Calcutta medical institutions reports 1879-81 [i.e.91]
Year: 1879
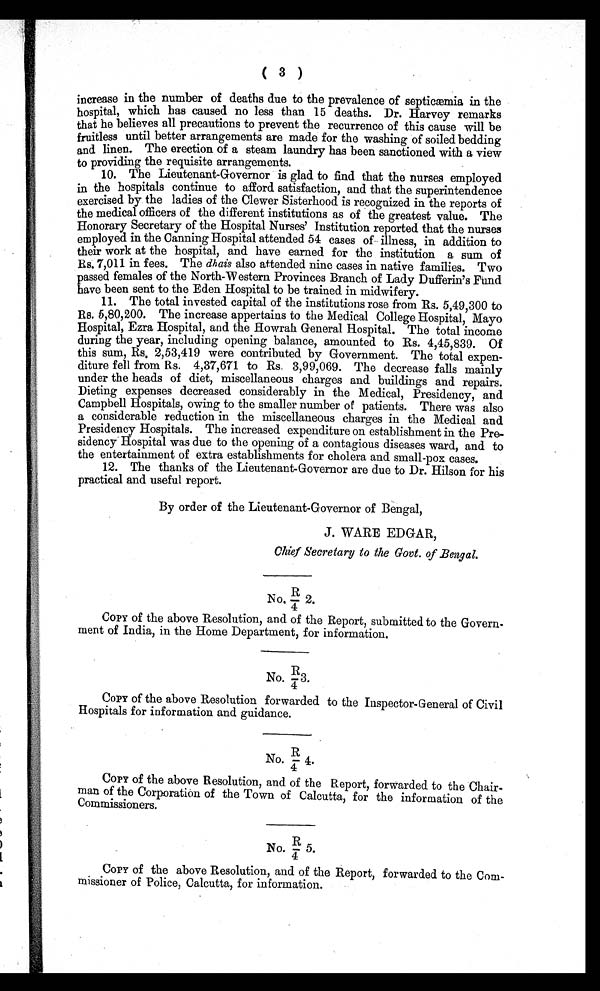
( 3 )
increase in the number of deaths due to the prevalence of septicemia in the
hospital, which has caused no less than 15 deaths. Dr. Harvey remarks
that he believes all precautions to prevent the recurrence of this cause will be
fruitless until better arrangements are made for the washing of soiled bedding
and linen. The erection of a steam laundry has been sanctioned with a view
to providing the requisite arrangements.
10. The Lieutenant-Governor is glad to find that the nurses employed
in the hospitals continue to afford satisfaction, and that the superintendence
exercised by the ladies of the Clewer Sisterhood is recognized in the reports of
the medical officers of the different institutions as of the greatest value. The
Honorary Secretary of the Hospital Nurses' Institution reported that the nurses
employed in the Canning Hospital attended 54 cases of illness, in addition to
their work at the hospital, and have earned for the institution a sum of
Rs. 7,011 in fees. The dhais also attended nine cases in native families. Two
passed females of the North-Western Provinces Branch of Lady Dufferin's Fund
have been sent to the Eden Hospital to be trained in midwifery.
11. The total invested capital of the institutions rose from Rs. 5,49,300 to
Rs. 5,80,200. The increase appertains to the Medical College Hospital, Mayo
Hospital, Ezra Hospital, and the Howrah General Hospital. The total income
during the year, including opening balance, amounted to Rs. 4,45,839. Of
this sum, Rs, 2,53,419 were contributed by Government. The total expen-
diture fell from Rs. 4,37,671 to Rs. 3,99,069. The decrease falls mainly
under the heads of diet, miscellaneous charges and buildings and repairs.
Dieting expenses decreased considerably in the Medical, Presidency, and
Campbell Hospitals, owing to the smaller number of patients. There was also
a considerable reduction in the miscellaneous charges in the Medical and
Presidency Hospitals. The increased expenditure on establishment in the Pre-
sidency Hospital was due to the opening of a contagious diseases ward, and to
the entertainment of extra establishments for cholera and small-pox cases.
12. The thanks of the Lieutenant-Governor are due to Dr. Hilson for his
practical and useful report.
By order of the Lieutenant-Governor of Bengal,
J. WARE EDGAR,
Chief Secretary to the Govt. of Bengal.
N o. R/4 2.
COPY of the above Resolution, and of the Report, submitted to the Govern-
ment of India, in the Home Department, for information.
No. R/4 3.
COPY of the above Resolution forwarded to the Inspector-General of Civil
Hospitals for information and guidance.
No. R/ 4 4.
COPY of the above Resolution, and of the Report, forwarded to the Chair-
man of the Corporation of the Town of Calcutta, for the information of the
Commissioners.
No. R/4 5.
COPY of the above Resolution, and of the Report, forwarded to the Com-
missioner of Police, Calcutta, for information.